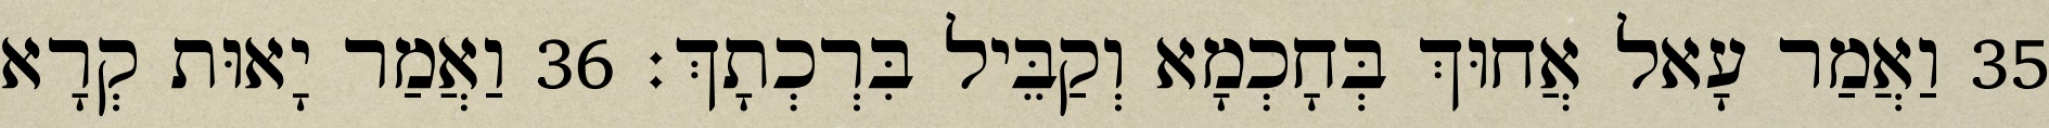
35 וַאֲמַר עָאל אֲחוּךְ בְּחָכְמָא וְקַבֵּיל בִּרְכְתָךְ׃ 36 וַאֲמַר יָאוּת קְרָא